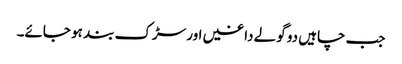
جب چاہیں دو گولے داغیں اور سڑک بند ہو جائے۔